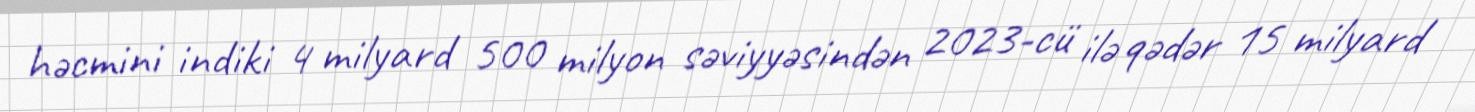
həcmini indiki 4 milyard 500 milyon səviyyəsindən 2023-cü ilə qədər 15 milyard